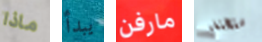
ماذا يبدأ مارفن ستختفي